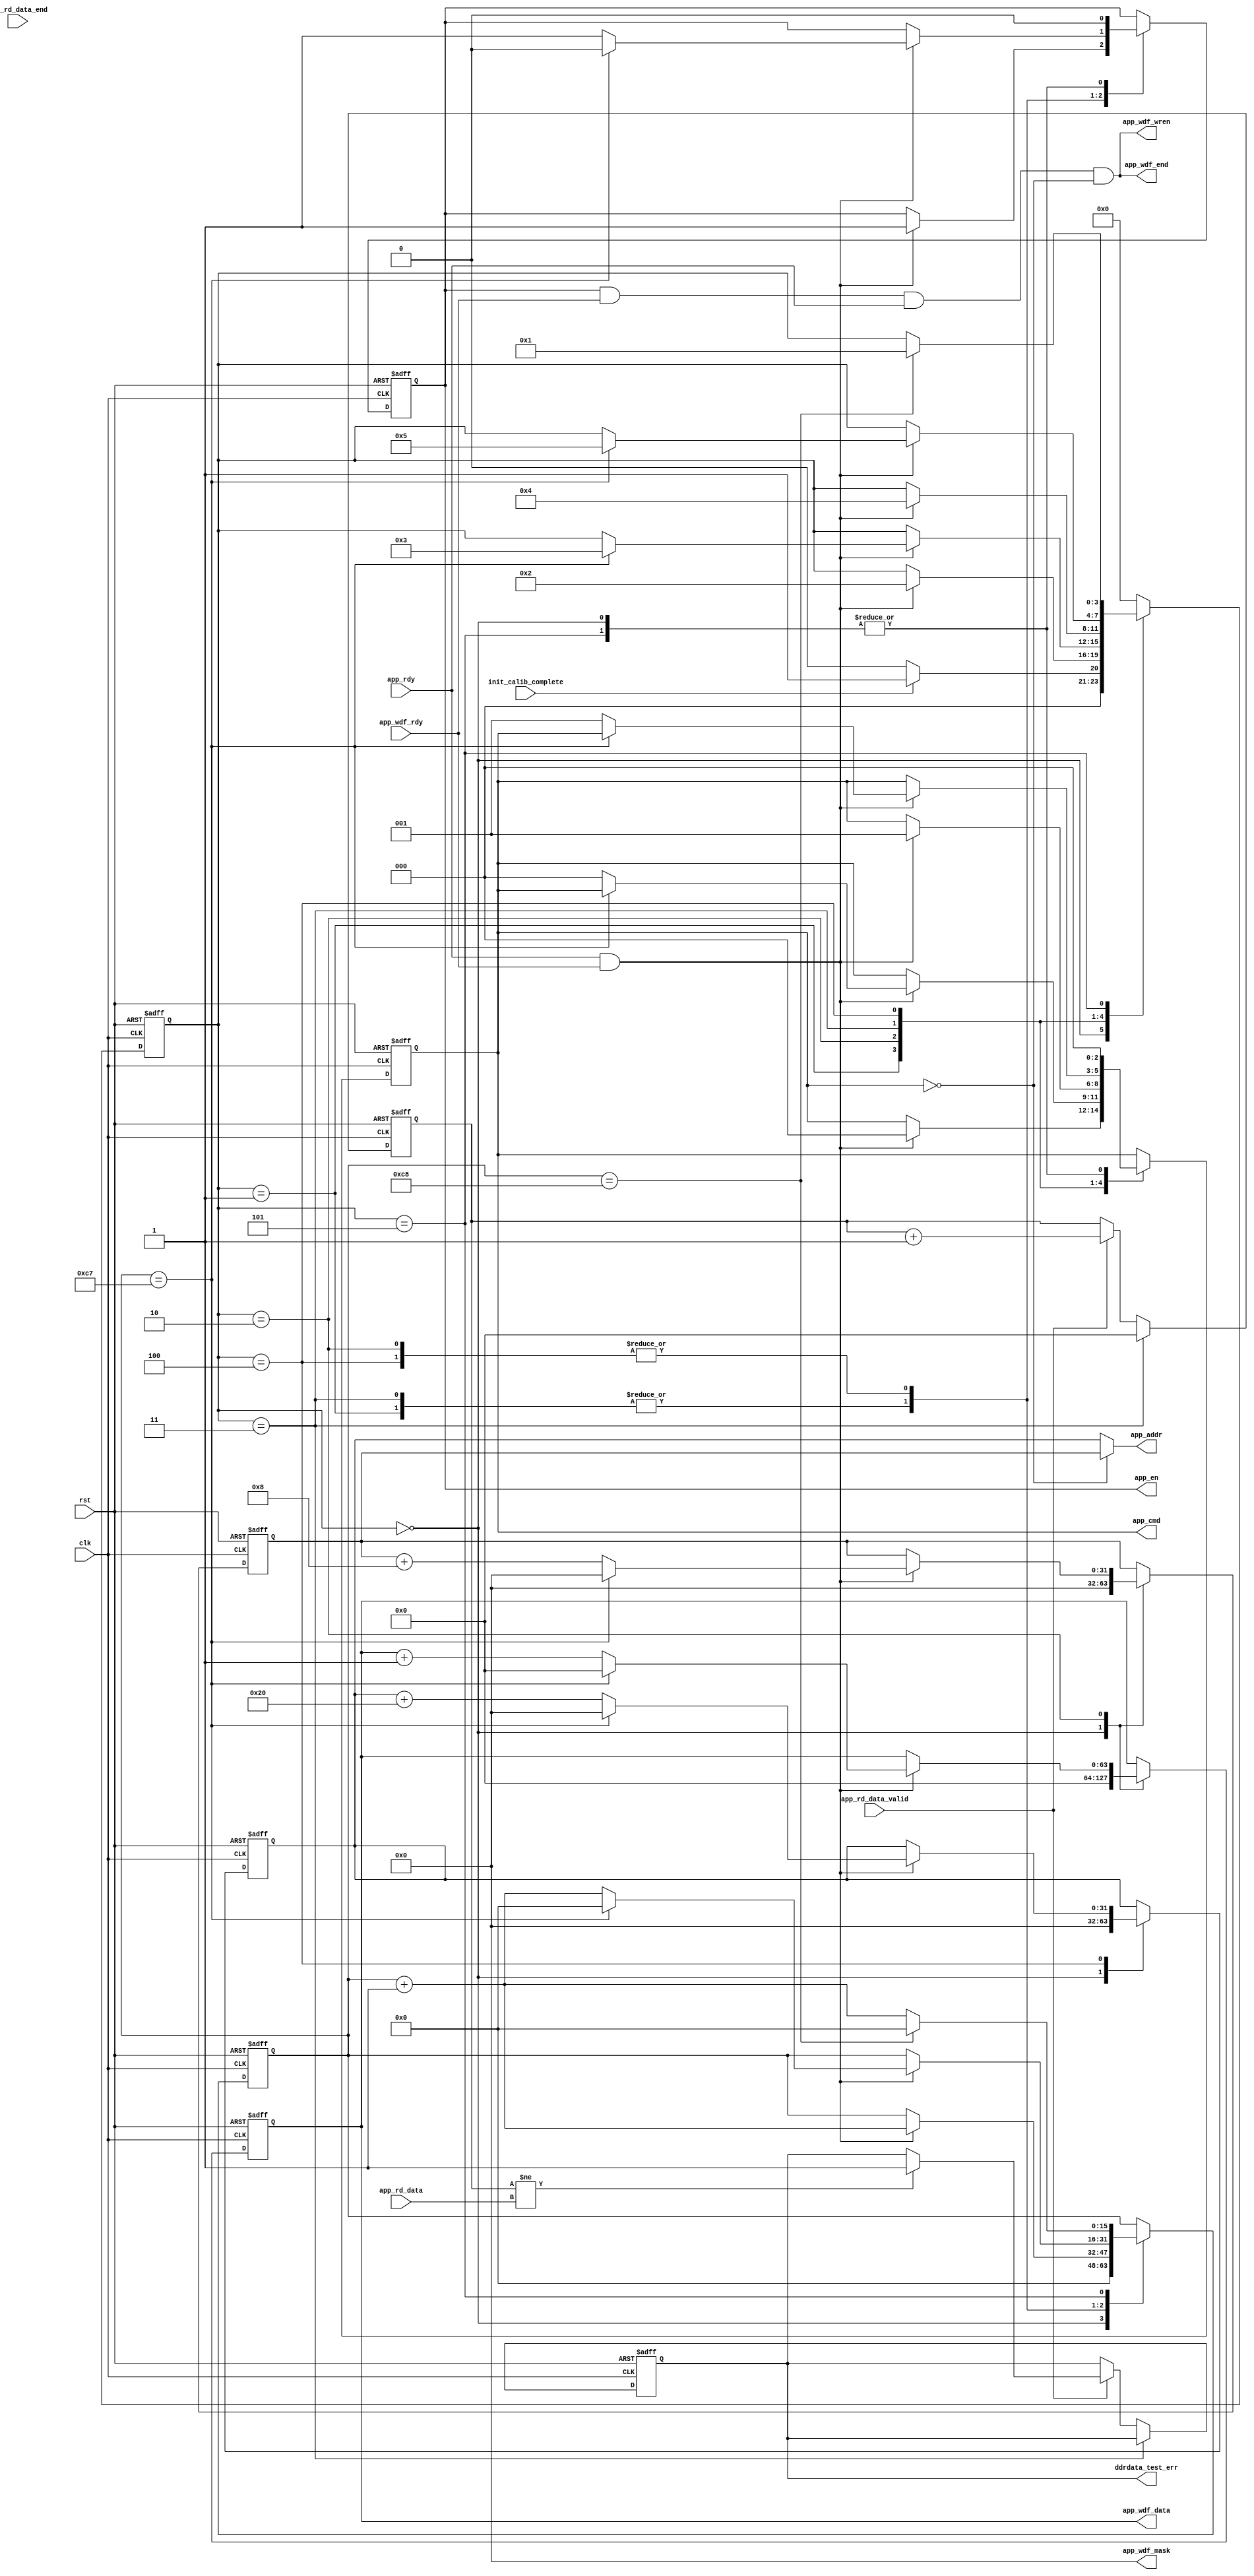
`timescale 1ns / 1ps

module ddr_ctrl(
    input                       clk                     ,
    input                       rst                     ,
    input                       init_calib_complete     ,//ddr3,calibration is finished
    input       [63:0]          app_rd_data             ,//This active-High output indicates that app_rd_data[] is valid
    input                       app_rd_data_end         ,//This active-High output indicates that the current clock cycle is the last cycle of output data on app_rd_data
    input                       app_rd_data_valid       , 
    input                       app_rdy                 ,//UI is ready to accept commands
    input                       app_wdf_rdy             ,// FIFO is ready to receive data
     
    output  wire[31:0]          app_addr                ,     
    output  reg [2:0]           app_cmd                 ,//read :001 write:000
    output  reg                 app_en                  ,//app_addrapp_addr
    output  reg [63:0]          app_wdf_data            , //data for write commands
    output  wire[31:0]          app_wdf_mask            , 
    output  wire                app_wdf_end             ,
    output  wire                app_wdf_wren            ,       
    output  reg                 ddrdata_test_err        
  );


    reg         [3:0]           test_state              ;
    reg         [15:0]          send_cnt                ;
    reg         [31:0]          write_addr              ;
    reg         [31:0]          read_addr               ;
    reg         [63:0]          data_buff               ;
    
    assign  app_wdf_wren        = 	app_en & app_wdf_rdy & app_rdy & (app_cmd == 3'd0);
    assign  app_wdf_end         = 	app_wdf_wren;
    
    assign  app_addr            = 	(app_cmd == 3'd0) ? write_addr : read_addr;

    assign 	app_wdf_mask 		= 	32'd0;



    always@(posedge clk or posedge rst)
    begin
        if(rst)
        begin
            test_state              <= 4'd0;
            send_cnt                <= 16'd0;
            write_addr              <= 32'd0;
            read_addr               <= 32'd0;
            app_cmd                 <= 3'd0;
            app_en                  <= 1'b0;
            app_wdf_data[63:0]      <=0;
//            app_wdf_data[9:0]        <= 10'b1111111111;
        end
        else
        begin
            case (test_state)
            4'd0 :                                          
            begin
                app_cmd             <= 3'd0;
                app_en              <= 1'b0;
                app_wdf_data[63:0]        <=0;
//                app_wdf_data[9:0]        <= 10'b1111111111;
                send_cnt            <= 16'd0;
                write_addr          <= 32'd0;
                read_addr           <= 32'd0;
                if(init_calib_complete)
                    test_state      <= 4'd1;
                else
                    test_state      <= 4'd0;
            end
            
            4'd1 :
            begin
                if(app_rdy & app_wdf_rdy)
                begin
                    app_cmd         <= 3'd0;
                    app_en          <= 1'b1;
                    send_cnt        <= send_cnt + 1'b1;

                    test_state      <= 4'd2;
                end
            end
            
            4'd2 : 
            begin
                if(app_rdy & app_wdf_rdy)
                begin
                    if(send_cnt == 16'd199)                
                    begin
                         app_wdf_data[63:0]        <=0;
//                         app_wdf_data[9:0]        <= 10'b1111111111;
                        write_addr      <=  32'd0;
                        send_cnt        <= 16'd0;
                        test_state      <= 4'd3;
                        app_en          <= 1'b0;
                    end
                    else
                    begin
                        send_cnt        <= send_cnt + 1'b1;
                        app_cmd         <= 3'd0;
                        app_en          <= 1'b1;
                        write_addr      <= write_addr + 29'd8;
                        app_wdf_data    <= app_wdf_data + 64'd1;
                    end
                end
            end
            
            4'd3 : 
            begin
                if(app_rdy & app_wdf_rdy)
                begin
                    app_cmd         <= 3'd1;                      
                    app_en          <= 1'b1;
                    send_cnt        <= send_cnt + 1'b1;
                    test_state      <= 4'd4;
                end
            end
            
            4'd4 :
            begin
                if(app_rdy & app_wdf_rdy)
                begin
                    if(send_cnt == 16'd199)                
                    begin
                        read_addr       <= 32'd0;
                        send_cnt        <= 16'd0;
                        test_state      <= 4'd5;
                        app_en          <= 1'b0;
                    end
                    else 
                    begin
                        send_cnt        <= send_cnt + 1'b1;
                        app_cmd         <= 3'd1;
                        app_en          <= 1'b1;
                        read_addr       <= read_addr + 29'b0000_0000_0000_0000_0000_0010_0000;
                    end
                end
            end
            
            4'd5 :
            begin
                app_cmd             <= 3'd0;
                app_en              <= 1'b0;
                send_cnt            <= send_cnt + 1'b1;
                if(send_cnt == 16'd200)
                begin
                    send_cnt        <= 16'd0;
                    test_state      <= 4'd1;       
                end
            end
            
            default : test_state      <= 4'd0;
            
            endcase
        end
    end
    
    always@(posedge clk or posedge rst)
    begin
        if(rst)
        begin
            data_buff               <= 64'd0;
            ddrdata_test_err        <= 1'b0;
        end
        else if (test_state == 4'd3) 
        begin
            data_buff               <= 64'd0;
        end
        else
        begin
            if(app_rd_data_valid)
            begin
              
                data_buff           <= data_buff + 64'd1;
                if(data_buff != app_rd_data)
                    ddrdata_test_err    <= 1'b1;
                 
            end
        end
    end

endmodule